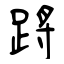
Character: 蹡